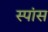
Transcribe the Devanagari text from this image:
स्पांस